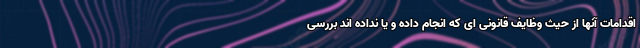
اقدامات آنها از حیث وظایف قانونی ای که انجام داده و یا نداده اند بررسی